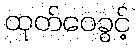
ထုတ်ဝေခွင့်